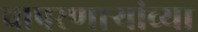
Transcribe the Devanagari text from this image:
वापरणाऱ्यांच्या